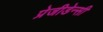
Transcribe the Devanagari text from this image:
प्रेजीडेन्सी